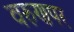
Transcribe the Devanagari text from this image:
वरुणपर